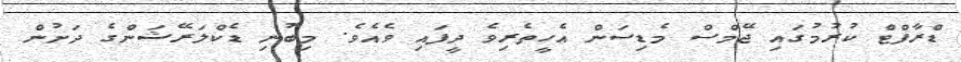
ޑްރާފްޓް ކުރުމުގައި ޖޭމްސް މެޑިސަން އެހީތެރިވެ ދީފައި ވެއެވެ. މިބުނި ޑެކްލަރޭޝަންގެ ދަށުން